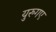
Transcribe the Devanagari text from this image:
युरुगए